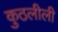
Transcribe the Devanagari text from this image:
कुठलीली